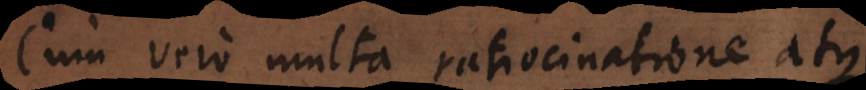
Cum vero multa ratiocinatione atque